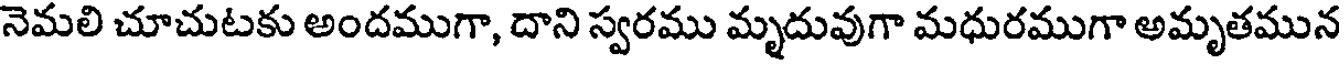
నెమలి చూచుటకు అందముగా, దాని స్వరము మృదువుగా మధురముగా అమృతమున